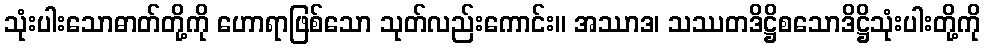
သုံးပါးသောဓာတ်တို့ကို ဟောရာဖြစ်သော သုတ်လည်းကောင်း။ အဿာဒ၊ သဿတဒိဋ္ဌိစသောဒိဋ္ဌိသုံးပါးတို့ကို